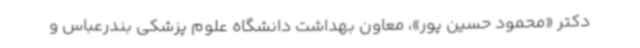
دکتر «محمود حسین پور»، معاون بهداشت دانشگاه علوم پزشکی بندرعباس و